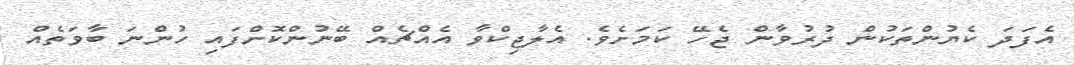
އެފަދަ ކެޔުންތަކުން ދުރުވާން ޖެހޭ ކަމަށެވެ. އެލާޖިކްވާ އެއްޗެއް ބޭނުންކޮށްފައި ހުންނަ ބާވަތެއް